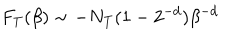
F _ { T } ( \beta ) \sim - N _ { T } ( 1 - 2 ^ { - d } ) \beta ^ { - d }